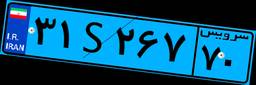
۳۱S۲۶۷۷۰